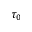
\tau _ { 0 }